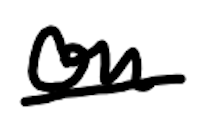
Text: on
Cross-out: single-line
Writing tool: digital_black